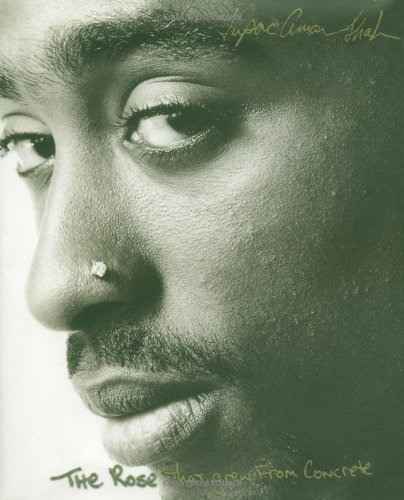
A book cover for The Rose That Grew From Concrete; Tupac Shakur; Literature & Fiction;